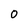
Character: 0